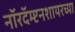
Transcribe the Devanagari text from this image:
नॉरदॅम्प्टनशायरच्या